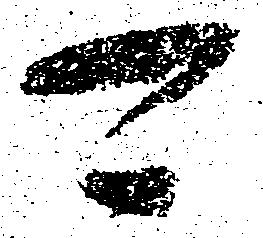
可